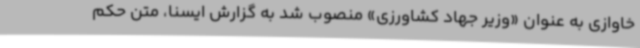
خاوازی به عنوان «وزیر جهاد کشاورزی» منصوب شد به گزارش ایسنا، متن حکم